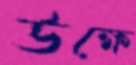
উক্ষে